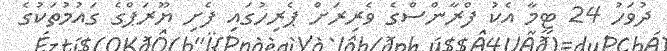
ދުވަހު 24 ޓީމާ އެކު ފްރާންސްގެ ވެރިރަށް ޕެރިހުގައި ފެށި ޔޫރަޕްގެ ގައުމުތަކުގެ